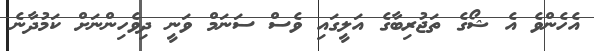
އެހެންވެ އެ ޝޯގެ ތަޖުރިބާގެ އަލީގައި ވެސް ސަނަމް ވަނީ ދިވެހިންނަށް ކަމުދާނެ